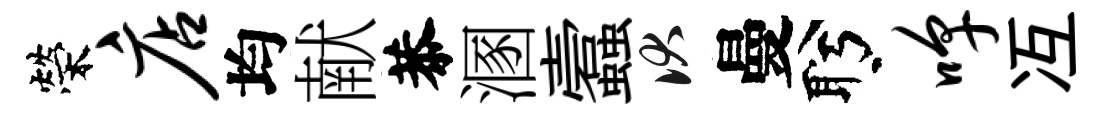
榮店均献恭溷蠧伏曼盻嗥冱